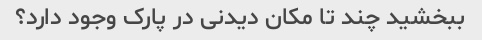
ببخشید چند تا مکان دیدنی در پارک وجود دارد؟